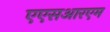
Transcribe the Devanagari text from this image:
एएसआरएम